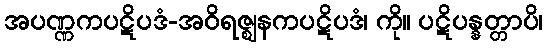
အပဏ္ဏကပဋိပဒံ-အဝိရဇ္ဈနကပဋိပဒံ၊ ကို။ ပဋိပန္နတ္တာပိ၊